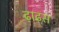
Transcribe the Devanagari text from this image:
ढ़ाढस